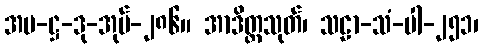
အပ-ဋ္ဌ-ဒု-အုပ်-၂၈၆။ အာဒိတ္တသုတ်၊ သဠာ-သံ-ပါ-၂၅၁၊